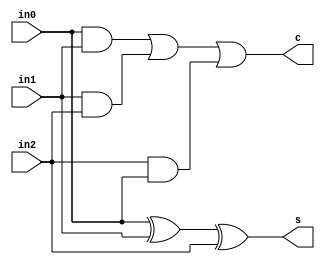
//#############################################################################
//# Function: Carry Save Adder (3:2)                                          #
//#############################################################################
//# Author:   Andreas Olofsson                                                #
//# License:  MIT (see LICENSE file in OH! repository)                        #
//#############################################################################

module oh_csa32
  #(parameter N    = 1,        // vector width
    parameter SYN  = "TRUE",   // synthesizable (or not)
    parameter TYPE = "DEFAULT" // scell type/size
    )
   ( input [N-1:0]  in0, // input
     input [N-1:0]  in1, // input
     input [N-1:0]  in2, // input
     output [N-1:0] s,   // sum
     output [N-1:0] c    // carry
     );

   generate
      if(SYN == "TRUE") begin
	 assign s[N-1:0] = in0[N-1:0] ^ in1[N-1:0] ^ in2[N-1:0];

	 assign c[N-1:0] = (in0[N-1:0] & in1[N-1:0]) |
			   (in1[N-1:0] & in2[N-1:0]) |
			   (in2[N-1:0] & in0[N-1:0] );
      end
      else begin
	 genvar 	     i;
	 for (i=0;i<N;i=i+1) begin
	    asic_csa32 #(.TYPE(TYPE))
	    asic_csa32  (.s(s[i]),
			 .c(c[i]),
			 .in2(in2[i]),
			 .in1(in1[i]),
			 .in0(in0[i]));
	 end
      end
   endgenerate
endmodule